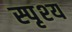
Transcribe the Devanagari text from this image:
स्पृश्‍य